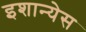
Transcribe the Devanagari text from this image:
इशान्येस